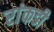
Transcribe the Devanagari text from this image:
रांकडी